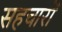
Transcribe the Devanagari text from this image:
सहचारों